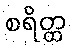
စရိတ္ထ